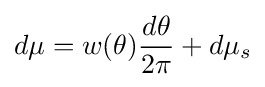
d\mu =w(\theta ){\frac {d\theta }{2\pi }}+d\mu _{s}